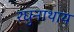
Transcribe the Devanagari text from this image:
रघुनाथाय